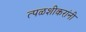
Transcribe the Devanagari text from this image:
त्पळशीकरांनी